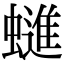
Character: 䗯